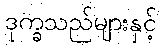
ဒုက္ခသည်များနှင့်